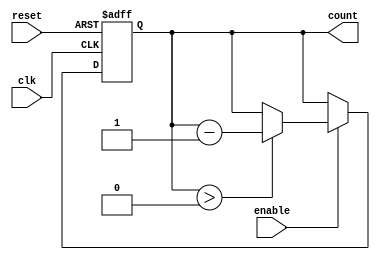
module down_counter (
    input wire clk,        // Clock signal
    input wire reset,      // Asynchronous reset
    input wire enable,     // Enable signal
    output reg [3:0] count // 4-bit current count value
);

    // Maximum value for the counter (N-1 for N-bit counter)
    localparam MAX_COUNT = 4'd15; // For a 4-bit counter, max value is 15 (1111)

    // Asynchronous reset and counting logic
    always @(posedge clk or posedge reset) begin
        if (reset) begin
            count <= MAX_COUNT; // Reset to maximum value
        end else if (enable) begin
            if (count > 0) begin
                count <= count - 1; // Decrement the counter
            end
            // Optionally, if wrap-around is desired, uncomment the line below
            // else begin
            //     count <= MAX_COUNT; // Wrap around to maximum value
            // end
        end
        // If enable is low, the count value is held (no operation)
    end

endmodule